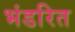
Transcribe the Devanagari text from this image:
भंडरित